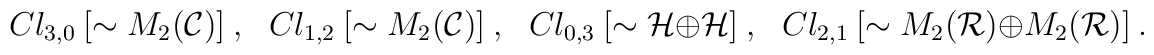
Cl_{3,0}~[\sim M_2({\cal C})]~,~~~   Cl_{1,2}~[\sim M_2({\cal C})]~,~~~   Cl_{0,3}~[\sim {\cal H} \oplus {\cal H}]~,~~~   Cl_{2,1}~[\sim M_2({\cal R}) \oplus M_2({\cal R})]~.